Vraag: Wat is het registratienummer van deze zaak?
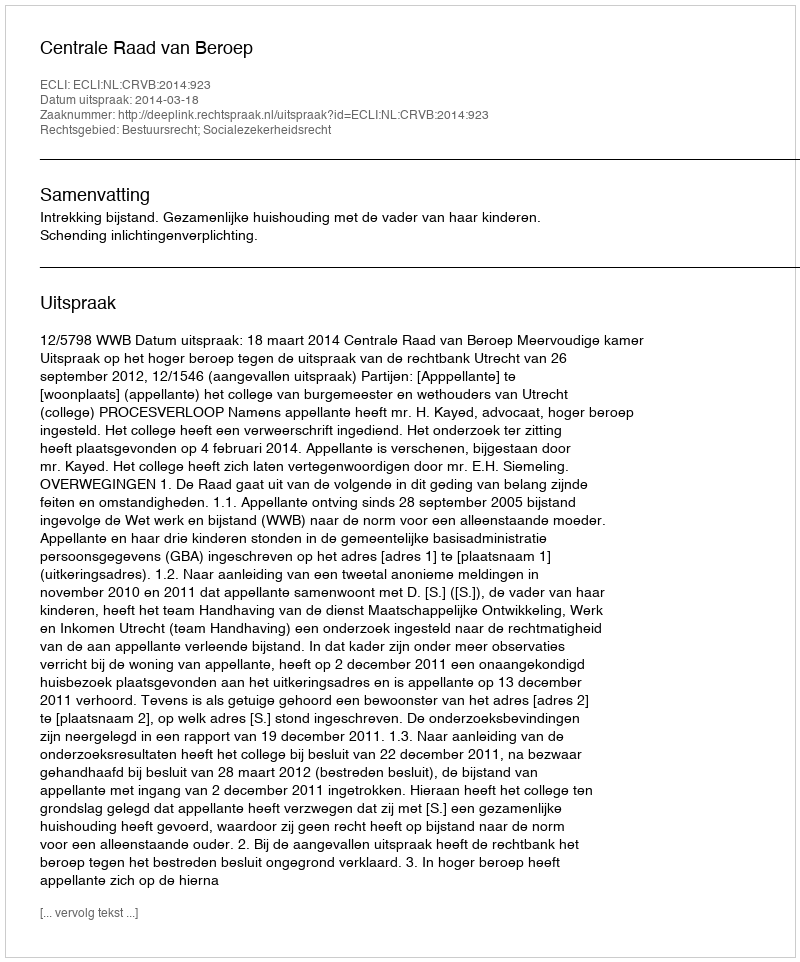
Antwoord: http://deeplink.rechtspraak.nl/uitspraak?id=ECLI:NL:CRVB:2014:923